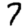
Digit: 7